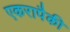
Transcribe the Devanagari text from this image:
एकरापैकी